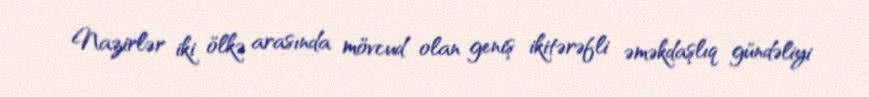
Nazirlər iki ölkə arasında mövcud olan geniş ikitərəfli əməkdaşlıq gündəliyi